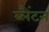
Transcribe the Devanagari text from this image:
ब्लैंटन